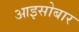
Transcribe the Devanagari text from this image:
आइसोबार